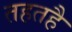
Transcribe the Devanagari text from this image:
तहतहै